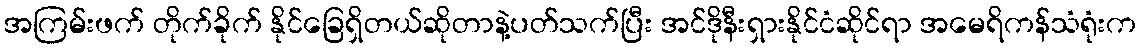
အကြမ်းဖက် တိုက်ခိုက် နိုင်ခြေရှိတယ်ဆိုတာနဲ့ပတ်သက်ပြီး အင်ဒိုနီးရှားနိုင်ငံဆိုင်ရာ အမေရိကန်သံရုံးက